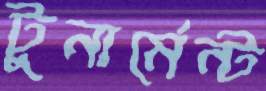
টুনার্মেন্ট